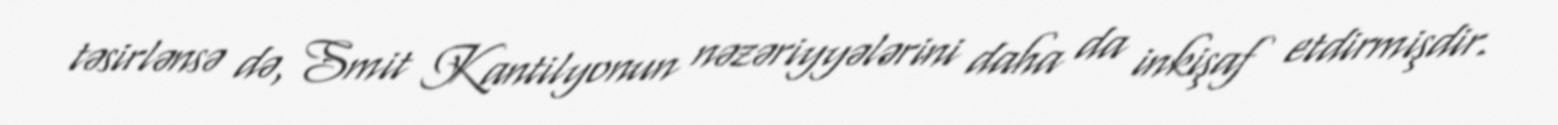
təsirlənsə də, Smit Kantilyonun nəzəriyyələrini daha da inkişaf etdirmişdir.